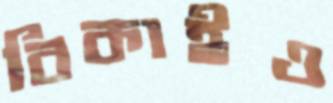
বিকাইও